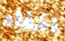
اخفاء